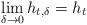
LaTeX: \begin{align*}\lim_{\delta\to 0} h_{t,\delta}=h_t\end{align*}